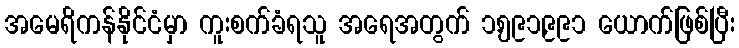
အမေရိကန်နိုင်ငံမှာ ကူးစက်ခံရသူ အရေအတွက် ၁,၅၉၁,၉၉၁ ယောက်ဖြစ်ပြီး